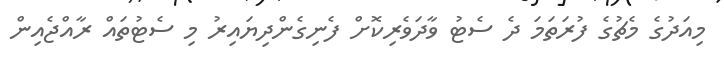
މިއަދުގެ މެޗުގެ ފުރަތަމަ ދެ ސެޓު ވާދަވެރިކޮށް ފެނިގެންދިޔައިރު މި ސެޓުތައް ރާއްޖެއިން